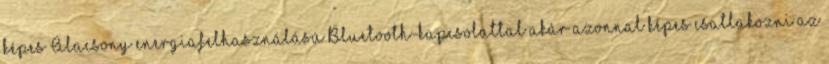
képes Alacsony energiafelhasználású Bluetooth-kapcsolattal akár azonnal képes csatlakozni az